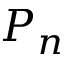
P _ { n }